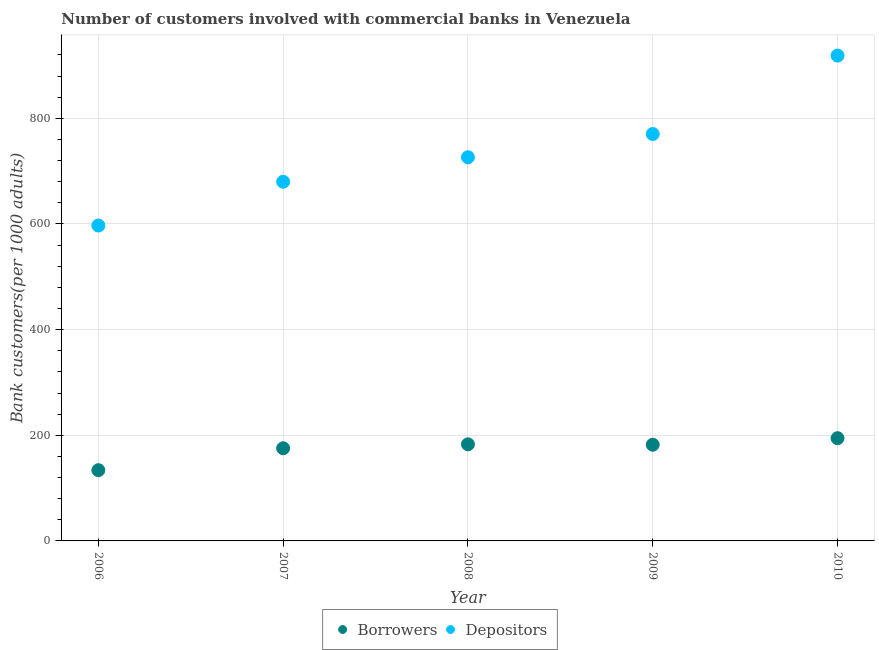
| Year | Borrowers | Depositors |
 | --- | --- | --- |
 | 2006 | 134 | 597 |
 | 2007 | 175 | 680 |
 | 2008 | 183 | 726 |
 | 2009 | 182 | 770 |
 | 2010 | 194 | 919 |